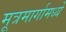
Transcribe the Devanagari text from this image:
मूत्रमार्गामध्ये